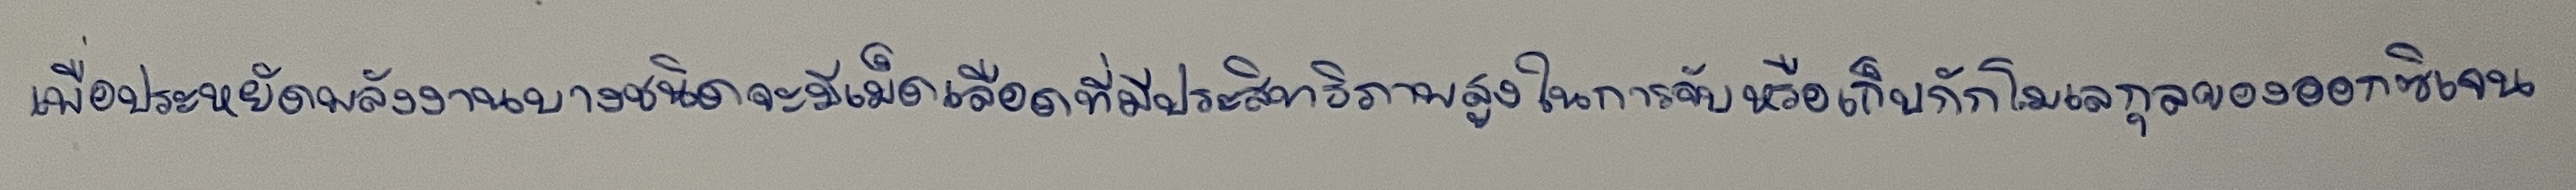
เพื่อประหยัดพลังงานบางชนิดจะมีเม็ดเลือดที่มีประสิทธิภาพสูงในการจับหรือเก็บกักโมเลกุลของออกซิเจน